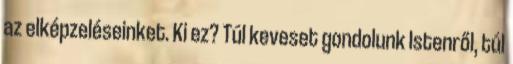
az elképzeléseinket. Ki ez? Túl keveset gondolunk Istenről, túl